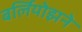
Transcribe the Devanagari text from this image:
बर्लियोझने